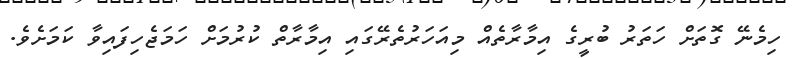
ހިމެނޭ ގޮތަށް ހަތަރު ބުރީގެ އިމާރާތެއް މިއަހަރުތެރޭގައި އިމާރާތް ކުރުމަށް ހަމަޖެހިފައިވާ ކަމަށެވެ.